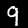
Digit: 9